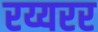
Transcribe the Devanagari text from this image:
रय्यरर